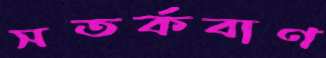
সতর্কবাণ